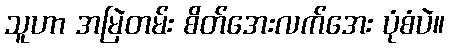
သူဟာ အမြဲတမ်း စိတ်အေးလက်အေး ပုံစံပဲ။